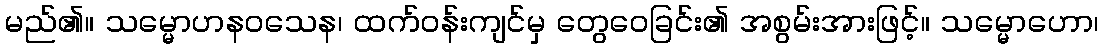
မည်၏။ သမ္မောဟနဝသေန၊ ထက်ဝန်းကျင်မှ တွေဝေခြင်း၏ အစွမ်းအားဖြင့်။ သမ္မောဟော၊